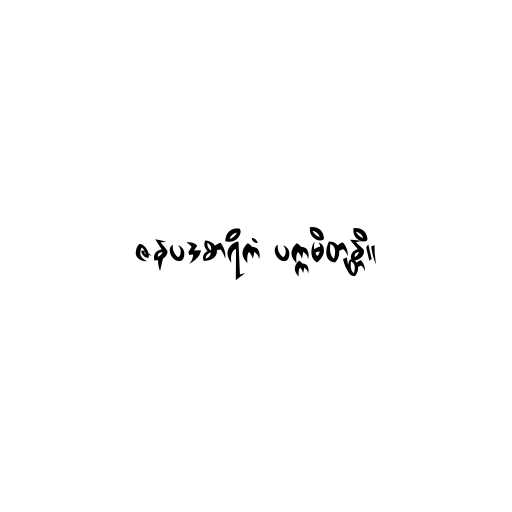
ဇနပဒစာရိကံ ပက္ကမိတုန္တိ။